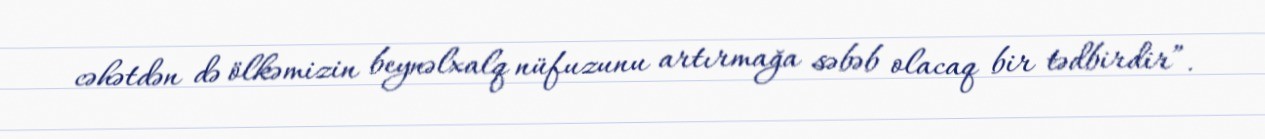
cəhətdən də ölkəmizin beynəlxalq nüfuzunu artırmağa səbəb olacaq bir tədbirdir”.